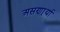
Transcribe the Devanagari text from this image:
असणार्र्या